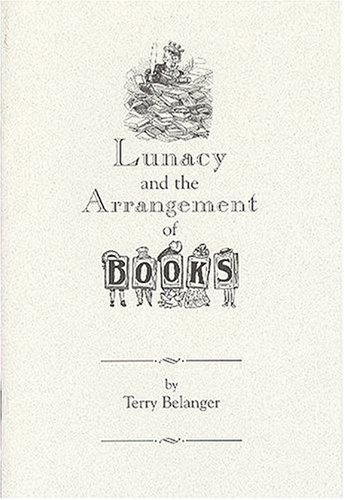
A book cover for Lunacy and the Arrangement of Books; Terry Belanger; Reference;